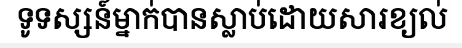
ទូទស្សន៍ម្នាក់បានស្លាប់ដោយសារខ្យល់